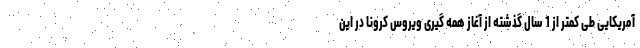
آمریکایی طی کمتر از 1 سال گذشته از آغاز همه گیری ویروس کرونا در این